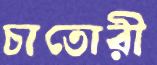
চাতোরী